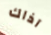
آذاك